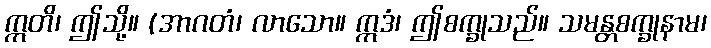
ဣတိ၊ ဤသို့။ (အာဂတံ၊ လာသော။ ဣဒံ၊ ဤစက္ခုသည်။ သမန္တစက္ခုနာမ၊